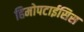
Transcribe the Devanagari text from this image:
हिमोपटाईसिस